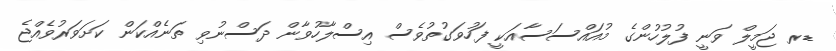
ޑރ ޖަމީލް ވަނީ ފުލުހުންގެ މުއައްސަސާއަކީ ފަހުވަގުތުވެސް އިސްލާހުވާން ދަސްނުވި ތަނެއްކަން ކަށަވަރުވެއްޖެ